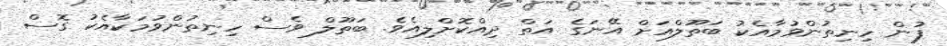
ފުން ހިނިތުންވުމާއެކު ބަތޫލްއަށް އޭނަގެ އަތް ދިއްކޮށްލިއެވެ. ބަތޫލް ވެސް ހިނިތުންވުމަކާއެކު ގޮސް